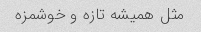
مثل همیشه تازه و خوشمزه